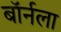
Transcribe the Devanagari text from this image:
बॉर्नला